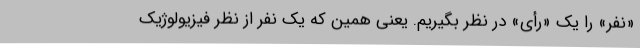
«نفر» را یک «رأی» در نظر بگیریم. یعنی همین که یک نفر از نظر فیزیولوژیک